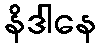
နိဒါနေ